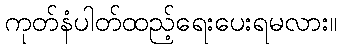
ကုတ်နံပါတ်ထည့်ရေးပေးရမလား။